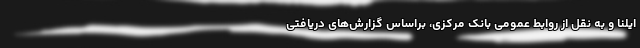
ایلنا و به نقل از روابط عمومی بانک مرکزی، براساس گزارش‌های دریافتی